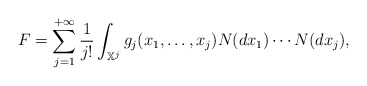
\begin{align*}F =\sum_{j=1}^{+\infty} \frac{1}{j!} \int_{\mathbb X^j} g_j(x_1,\ldots,x_j) N(dx_1) \cdots N(dx_j),\end{align*}